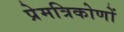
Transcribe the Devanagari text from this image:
प्रेमत्रिकोणों